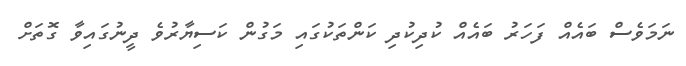
ނަމަވެސް ބައެއް ފަހަރު ބައެއް ކުދިކުދި ކަންތަކުގައި މަގުން ކަސިޔާރުވެ ދީނުގައިވާ ގޮތަށް